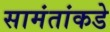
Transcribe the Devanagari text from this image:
सामंतांकडे